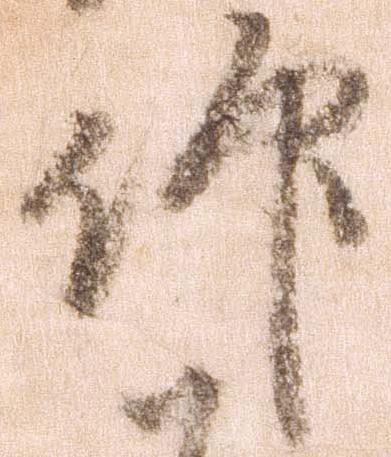
仰